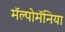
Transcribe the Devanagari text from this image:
मॅल्पोमॅनिया